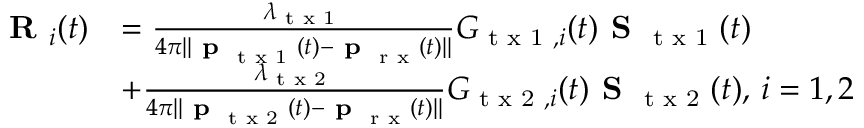
\begin{array} { r l } { \textbf { R } _ { i } ( t ) } & { = \frac { \lambda _ { \textrm { t x 1 } } } { 4 \pi \| \textbf { p } _ { \textrm { t x 1 } } ( t ) - \textbf { p } _ { \textrm { r x } } ( t ) \| } G _ { \textrm { t x 1 } , i } ( t ) \textbf { S } _ { \textrm { t x 1 } } ( t ) } \\ & { + \frac { \lambda _ { \textrm { t x 2 } } } { 4 \pi \| \textbf { p } _ { \textrm { t x 2 } } ( t ) - \textbf { p } _ { \textrm { r x } } ( t ) \| } G _ { \textrm { t x 2 } , i } ( t ) \textbf { S } _ { \textrm { t x 2 } } ( t ) , \, i = 1 , 2 } \end{array}